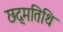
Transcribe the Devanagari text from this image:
छद्मतिथि